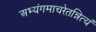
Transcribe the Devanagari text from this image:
अभ्यंगमाचरेतन्नित्यं